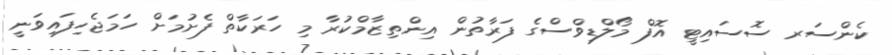
ކެންސަރ ސޮސައިޓީ އޮފް މޯލްޑިވްސްގެ ފަރާތުން އިންތިޒާމްކުރާ މި ހަރަކާތް ފެށުމަށް ހަމަޖެހިފައިވަނީ